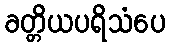
ခတ္တိယပရိသံပေ